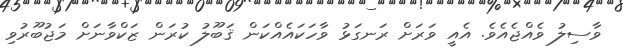
ވާސިލު ވެއްޖެއެވެ. އެއީ ވަރަށް ރަނގަޅު ވާހަކައެއްކަން ޤަބޫލު ކުރަން ޒަކްވާނަށް މަޖުބޫރުވި